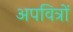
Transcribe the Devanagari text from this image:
अपवित्रों